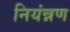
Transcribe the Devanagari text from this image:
नियंन्नण